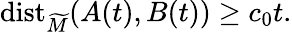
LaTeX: \mathrm{dist}_{\widetilde{M}}(A(t),B(t))\geq c_{0}t.